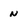
Character: n